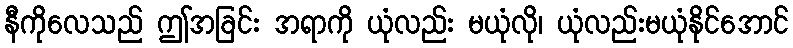
နီကိုလေသည် ဤအခြင်း အရာကို ယုံလည်း မယုံလို၊ ယုံလည်းမယုံနိုင်အောင်